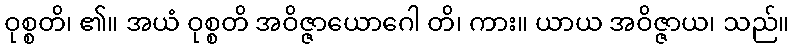
ဝုစ္စတိ၊ ၏။ အယံ ဝုစ္စတိ အဝိဇ္ဇာယောဂေါ တိ၊ ကား။ ယာယ အဝိဇ္ဇာယ၊ သည်။